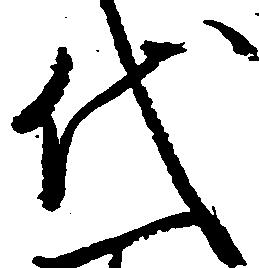
代